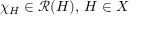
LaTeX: \chi _ { H } \in { \mathcal { R } } ( H ) , \, H \in X